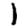
Digit: 1